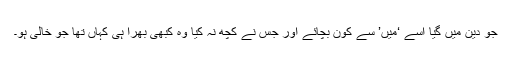
جو دین میں گیا اسے ‘میں’ سے کون بچائے اور جس نے کچھ نہ کیا وہ کبھی بھرا ہی کہاں تھا جو خالی ہو۔